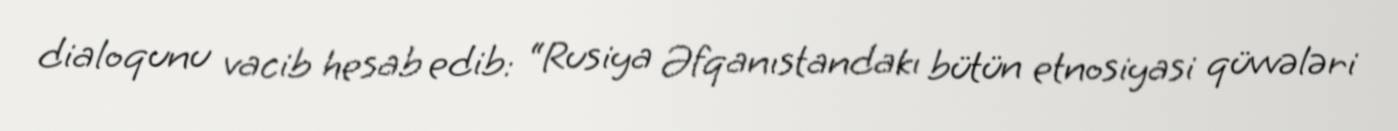
dialoqunu vacib hesab edib: “Rusiya Əfqanıstandakı bütün etnosiyasi qüvvələri